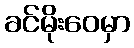
ခင်မိုးဝေမှာ